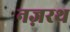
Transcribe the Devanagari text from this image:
नज़रथ